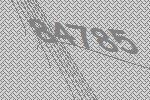
84785